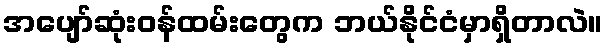
အပျော်ဆုံးဝန်ထမ်းတွေက ဘယ်နိုင်ငံမှာရှိတာလဲ။